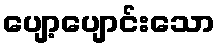
ပျော့ပျောင်းသော